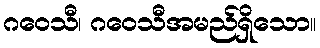
ဂဝေသီ၊ ဂဝေသီအမည်ရှိသော။